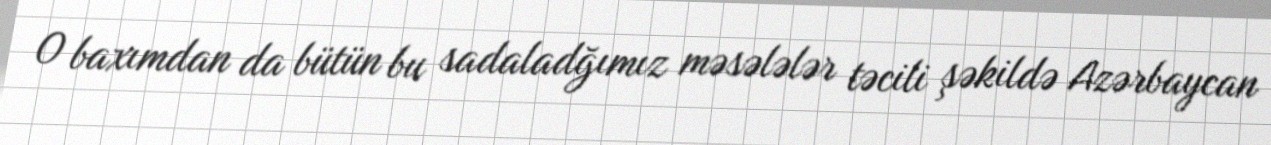
O baxımdan da bütün bu sadaladğımız məsələlər təcili şəkildə Azərbaycan